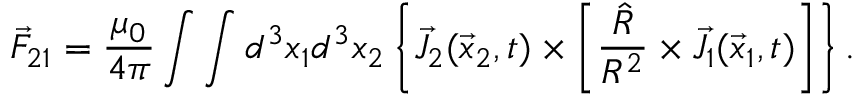
\vec { F } _ { 2 1 } = \frac { \mu _ { 0 } } { 4 \pi } \int \int d ^ { 3 } x _ { 1 } d ^ { 3 } x _ { 2 } \left\{ \vec { J } _ { 2 } ( \vec { x } _ { 2 } , t ) \times \left[ \frac { \hat { R } } { R ^ { 2 } } \times \vec { J } _ { 1 } ( \vec { x } _ { 1 } , t ) \right] \right\} .